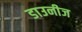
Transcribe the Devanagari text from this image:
डाउनीज